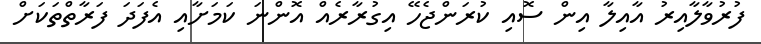
ފުރުވާލާއިރު އާއިލާ އިން ސޮއި ކުރަންޖެހޭ އިގުރާރެއް އޮންނަ ކަމަށާއި އެފަދަ ފަރާތްތަކަށް